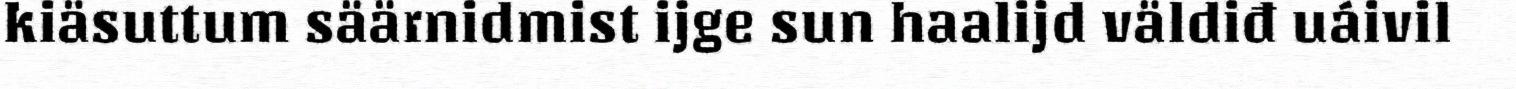
kiäsuttum säärnidmist ijge sun haalijd väldiđ uáivil